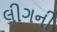
લીગની